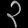
Digit: ၃